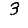
Digit: 3